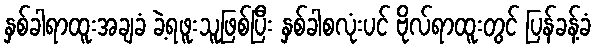
နှစ်ခါရာထူးအချခံ ခဲ့ရဖူးသူဖြစ်ပြီး နှစ်ခါစလုံးပင် ဗိုလ်ရာထူးတွင် ပြန်ခန့်ခံ